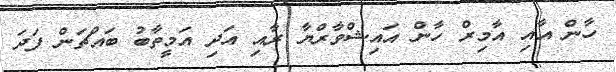
ހާން އާއި އާމިރް ހާން އައިޝްވާރްޔާ ރާއި އަދި އަމީތާބު ބައްޗަން ފަދަ